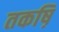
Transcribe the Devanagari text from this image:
तकष़ि